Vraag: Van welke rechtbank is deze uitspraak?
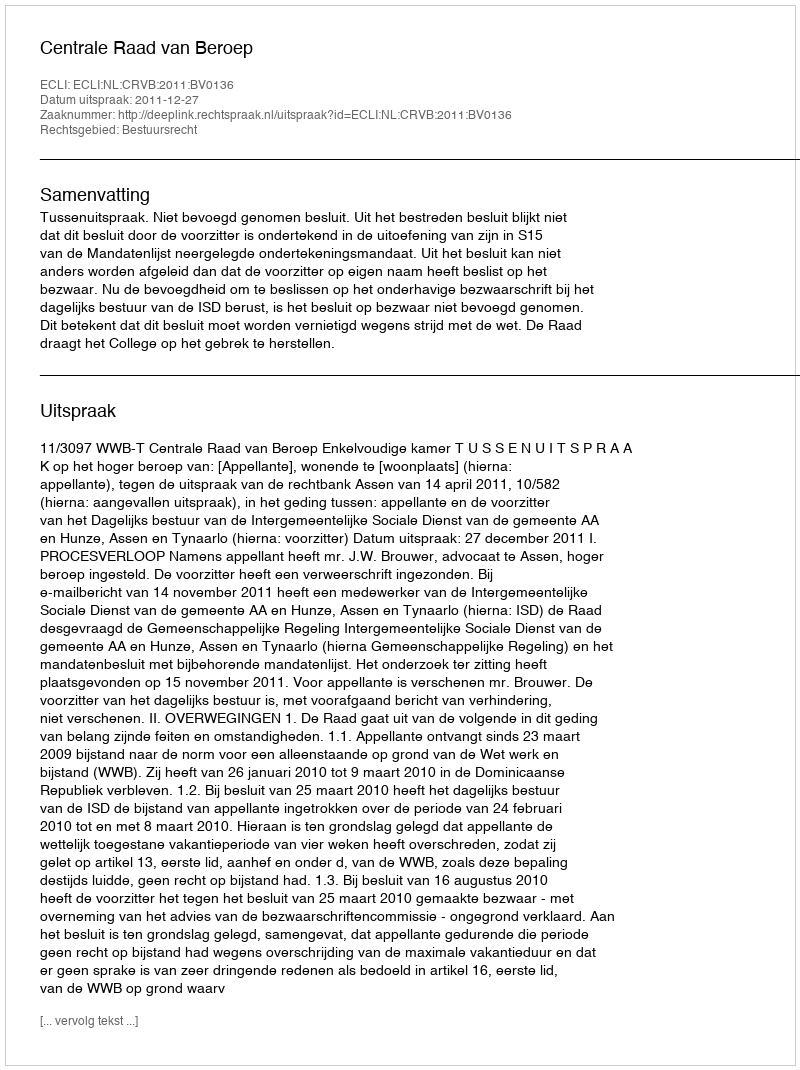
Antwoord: Centrale Raad van Beroep